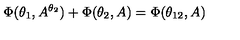
\Phi ( \theta _ { 1 } , A ^ { \theta _ { 2 } } ) + \Phi ( \theta _ { 2 } , A ) = \Phi ( \theta _ { 1 2 } , A )